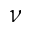
\nu